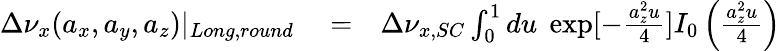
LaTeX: \begin{array}{rlr}{\Delta\nu_{x}(a_{x},a_{y},a_{z})|_{Long,round}}&{{}=}&{\Delta\nu_{x,SC}\int_{0}^{1}du\; \exp[-\frac{a_{z}^{2}u}{4}]I_{0}\left(\frac{a_{z}^{2}u}{4}\right)}\end{array}